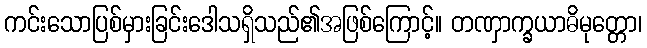
ကင်းသောပြစ်မှားခြင်းဒေါသရှိသည်၏အဖြစ်ကြောင့်။ တဏှာက္ခယာဓိမုတ္တော၊